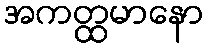
အကတ္ထမာနော